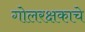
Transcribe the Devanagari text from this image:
गोलरक्षकाचे